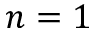
n = 1